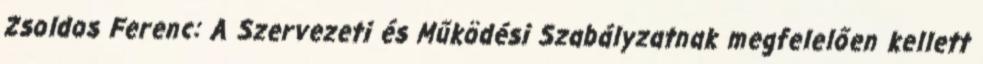
Zsoldos Ferenc: A Szervezeti és Működési Szabályzatnak megfelelően kellett